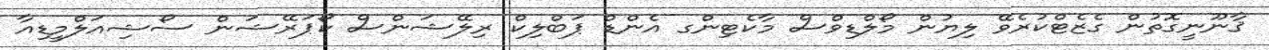
ޤާނޫނީގޮތުން ގެޒެޓްކުރެވޭ ލިޔުން މޯލްޑިވްސް މާކެޓިންގ އެންޑް ޕަބްލިކް ރިލޭޝަންސް ކޯޕަރޭޝަން ސޯޝިއަލްމީޑިއާ